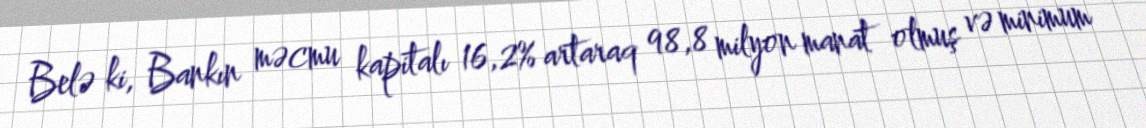
Belə ki, Bankın məcmu kapitalı 16,2% artaraq 98,8 milyon manat olmuş və minimum